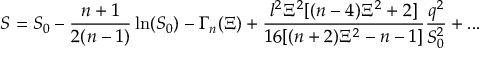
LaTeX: S = S _ { 0 } - \frac { n + 1 } { 2 ( n - 1 ) } \ln ( S _ { 0 } ) - \Gamma _ { n } ( \Xi ) + \frac { l ^ { 2 } \Xi ^ { 2 } [ ( n - 4 ) \Xi ^ { 2 } + 2 ] } { 1 6 [ ( n + 2 ) \Xi ^ { 2 } - n - 1 ] } \frac { q ^ { 2 } } { S _ { 0 } ^ { 2 } } + . . .